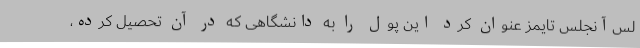
لس‌آنجلس تایمز عنوان کرد این پول را به دانشگاهی که در آن تحصیل کرده،